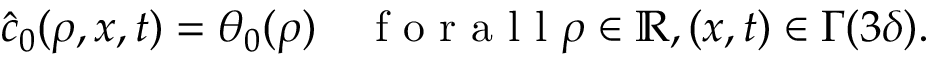
\hat { c } _ { 0 } ( \rho , x , t ) = \theta _ { 0 } ( \rho ) \quad \mathrm { ~ f ~ o ~ r ~ a ~ l ~ l ~ } \rho \in \ensuremath { \mathbb { R } } , ( x , t ) \in \Gamma ( 3 \delta ) .